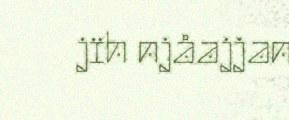
jïh njåajjan